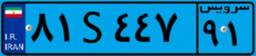
۸۱S۴۴۷۹۱